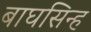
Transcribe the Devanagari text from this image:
बाघसिन्ह